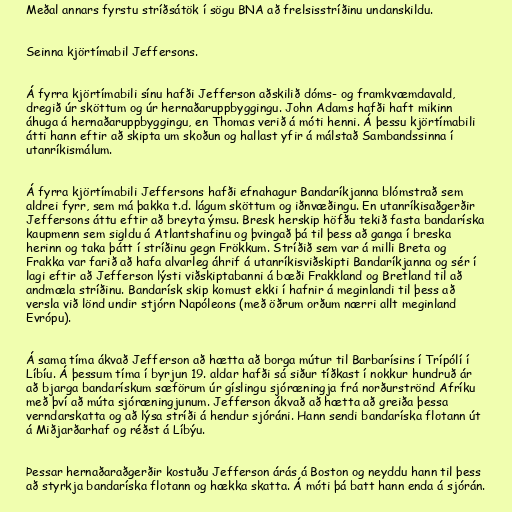
Meðal annars fyrstu stríðsátök í sögu BNA að frelsisstríðinu undanskildu.

Seinna kjörtímabil Jeffersons.

Á fyrra kjörtímabili sínu hafði Jefferson aðskilið dóms- og framkvæmdavald,
dregið úr sköttum og úr hernaðaruppbyggingu. John Adams hafði haft mikinn
áhuga á hernaðaruppbyggingu, en Thomas verið á móti henni. Á þessu kjörtímabili
átti hann eftir að skipta um skoðun og hallast yfir á málstað Sambandssinna í
utanríkismálum.

Á fyrra kjörtímabili Jeffersons hafði efnahagur Bandaríkjanna blómstrað sem
aldrei fyrr, sem má þakka t.d. lágum sköttum og iðnvæðingu. En utanríkisaðgerðir
Jeffersons áttu eftir að breyta ýmsu. Bresk herskip höfðu tekið fasta bandaríska
kaupmenn sem sigldu á Atlantshafinu og þvingað þá til þess að ganga í breska
herinn og taka þátt í stríðinu gegn Frökkum. Stríðið sem var á milli Breta og
Frakka var farið að hafa alvarleg áhrif á utanríkisviðskipti Bandaríkjanna og sér í
lagi eftir að Jefferson lýsti viðskiptabanni á bæði Frakkland og Bretland til að
andmæla stríðinu. Bandarísk skip komust ekki í hafnir á meginlandi til þess að
versla við lönd undir stjórn Napóleons (með öðrum orðum nærri allt meginland
Evrópu).

Á sama tíma ákvað Jefferson að hætta að borga mútur til Barbarísins í Trípólí í
Líbíu. Á þessum tíma í byrjun 19. aldar hafði sá siður tíðkast í nokkur hundruð ár
að bjarga bandarískum sæförum úr gíslingu sjóræningja frá norðurströnd Afríku
með því að múta sjóræningjunum. Jefferson ákvað að hætta að greiða þessa
verndarskatta og að lýsa stríði á hendur sjóráni. Hann sendi bandaríska flotann út
á Miðjarðarhaf og réðst á Líbýu.

Þessar hernaðaraðgerðir kostuðu Jefferson árás á Boston og neyddu hann til þess
að styrkja bandaríska flotann og hækka skatta. Á móti þá batt hann enda á sjórán.